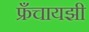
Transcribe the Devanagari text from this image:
फ्रँचायझी